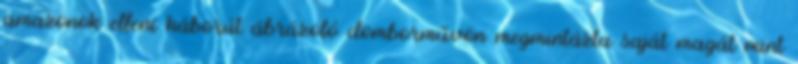
amazonok elleni háborút ábrázoló domborművön megmintázta saját magát mint